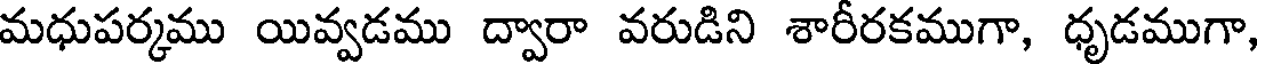
మధుపర్కము యివ్వడము ద్వారా వరుడిని శారీరకముగా, ధృడముగా,